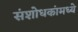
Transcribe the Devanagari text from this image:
संशोधकांमध्ये